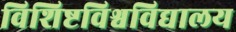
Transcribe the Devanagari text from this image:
विशिष्टविश्वविद्यालय